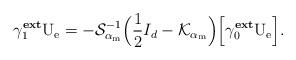
LaTeX: \begin{align*}\gamma^{\textbf{ext}}_{1}\mathrm{U}_{\mathrm{e}} = -\mathcal{S}_{\alpha_\mathrm{m}}^{-1} \Big(\frac{1}{2}I_{d} - \mathcal{K}_{\alpha_\mathrm{m}}\Big)\Big[\gamma^{\textbf{ext}}_{0}\mathrm{U}_{\mathrm{e}}\Big].\end{align*}